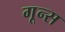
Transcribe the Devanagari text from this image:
गून्स